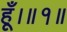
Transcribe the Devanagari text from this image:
हूँ।॥१॥